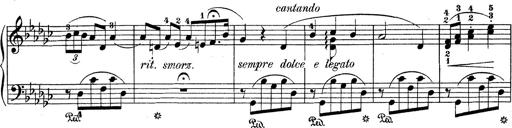
Title: 6 Polish Songs
Composer: Franz Liszt